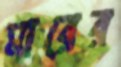
মারের